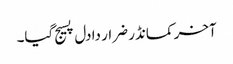
آخر کمانڈر ضرار دا دل پسیج گیا۔